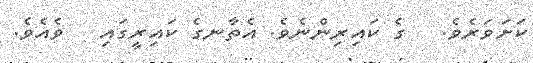
ކަށަވަރެވެ.   ގެ ކައިރިންނެވެ. އެތާނގެ ކައިރީގައި   ވެއެވެ.